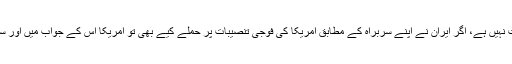
بلاشبہ اس امریکی حرکت کا جواب دینے کی ایران میں سکت نہیں ہے، اگر ایران نے اپنے سربراہ کے مطابق امریکا کی فوجی تنصیبات پر حملے کیے بھی تو امریکا اس کے جواب میں اور سخت کارروائی کرسکتا ہے جس کا کوئی پرسان حال نہ ہوگا۔